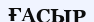
ҒАСЫР